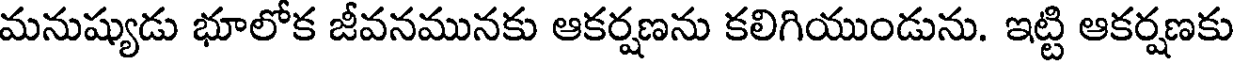
మనుష్యుడు భూలోక జీవనమునకు ఆకర్షణను కలిగియుండును. ఇట్టి ఆకర్షణకు